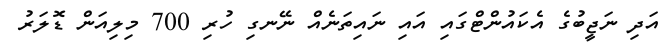
އަދި ނަޖީބުގެ އެކައުންޓްގައި އައި ނައިތަނެއް ނޭނގި ހުރި 700 މިލިއަން ޑޮލަރު